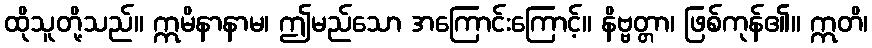
ထိုသူတို့သည်။ ဣမိနာနာမ၊ ဤမည်သော အကြောင်းကြောင့်။ နိဗ္ဗတ္တာ၊ ဖြစ်ကုန်၏။ ဣတိ၊